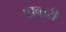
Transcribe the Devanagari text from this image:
शकरी